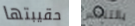
حقيبتها بالتنفس